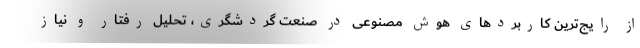
از رایج‌ترین کاربردهای هوش مصنوعی در صنعت گردشگری، تحلیل رفتار و نیاز